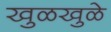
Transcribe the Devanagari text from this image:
खुळखुळे